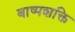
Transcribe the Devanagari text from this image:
बाष्पशक्ति